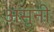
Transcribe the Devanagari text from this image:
असुनी